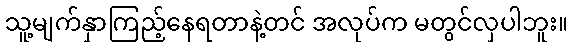
သူ့မျက်နှာကြည့်နေရတာနဲ့တင် အလုပ်က မတွင်လှပါဘူး။